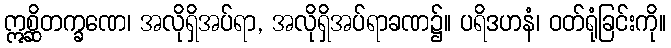
ဣစ္ဆိတက္ခဏေ၊ အလိုရှိအပ်ရာ, အလိုရှိအပ်ရာခဏ၌။ ပရိဒဟနံ၊ ဝတ်ရုံခြင်းကို။